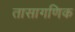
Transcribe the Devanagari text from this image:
तासागणिक